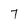
Character: 7